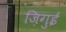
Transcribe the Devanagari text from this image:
ज़िगुई